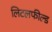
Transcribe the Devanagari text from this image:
लिटलफील्ड